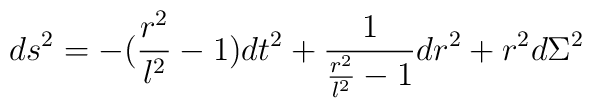
ds^2= -(\frac{r^2}{l^2}-1)dt^2 +\frac{1}{\frac{r^2}{l^2}-1}dr^2 +r^2d\Sigma^2